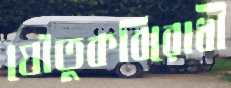
যৌতুকবিরোধী